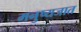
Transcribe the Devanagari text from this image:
मनुष्यजात